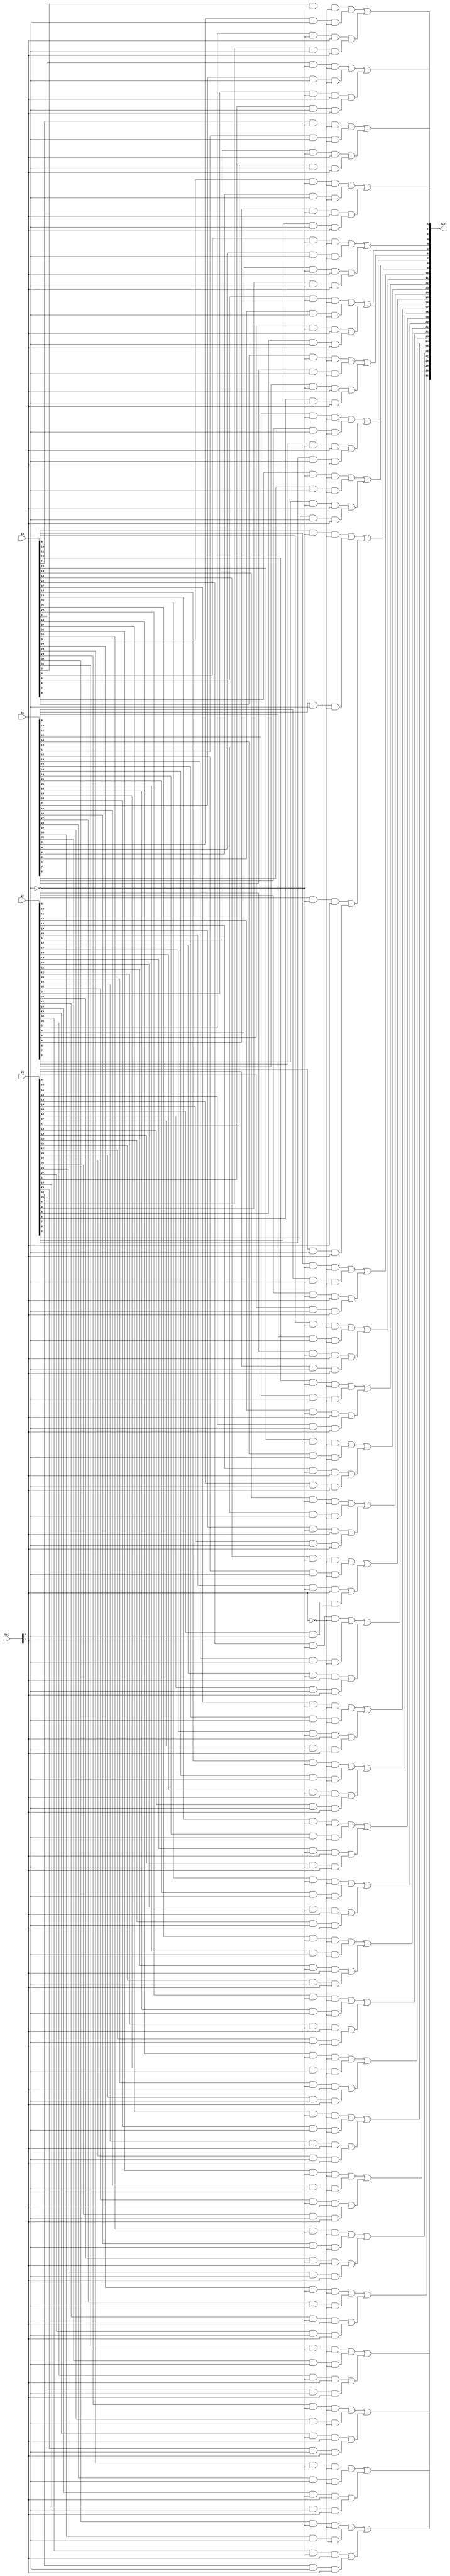
`timescale 1ns/1ns

module Mux4to1_32bit(I0, I1, I2, I3, Sel, Out);

input [31:0] I0, I1, I2, I3;
input [1:0] Sel;
output [31:0] Out;

wire [1:0] SelBar;

wire [31:0] OutI0_Tmp, OutI1_Tmp, OutI2_Tmp, OutI3_Tmp;
wire [31:0] OutI0, OutI1, OutI2, OutI3;
wire [31:0] OutTmp0, OutTmp1;

not SELBAR0(SelBar[0], Sel[0]);
not SELBAR1(SelBar[1], Sel[1]);

genvar i;
generate
	for(i = 0; i < 32; i = i + 1) begin
		and OUTI0_0(OutI0_Tmp[i], I0[i], SelBar[0]);
		and OUTI0_1(OutI0[i], OutI0_Tmp[i], SelBar[1]);

		and OUTI1_0(OutI1_Tmp[i], I1[i], Sel[0]);
		and OUTI1_1(OutI1[i], OutI1_Tmp[i], SelBar[1]);

		and OUTI2_0(OutI2_Tmp[i], I2[i], SelBar[0]);
		and OUTI2_1(OutI2[i], OutI2_Tmp[i], Sel[1]);

		and OUTI3_0(OutI3_Tmp[i], I3[i], Sel[0]);
		and OUTI3_1(OutI3[i], OutI3_Tmp[i], Sel[1]);

		or OUT0(OutTmp0[i], OutI0[i], OutI1[i]);
		or OUT1(OutTmp1[i], OutI2[i], OutI3[i]);

		or #5 OUT(Out[i], OutTmp0[i], OutTmp1[i]);
	end
endgenerate

endmodule